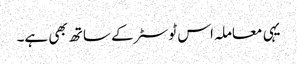
یہی معاملہ اس ٹوسٹر کے ساتھ بھی ہے۔